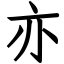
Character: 亦